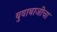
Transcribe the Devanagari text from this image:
बुवाबाजीचा